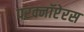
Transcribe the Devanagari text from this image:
परक्नॉप्टेरस